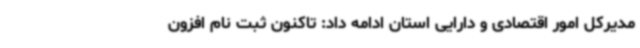
مدیرکل امور اقتصادی و دارایی استان ادامه داد: تاکنون ثبت نام افزون